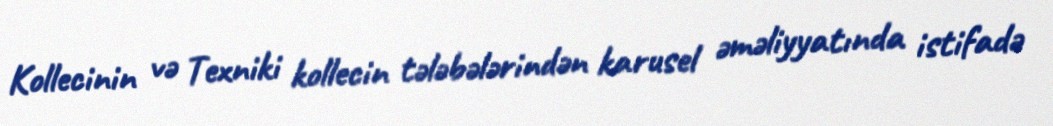
Kollecinin və Texniki kollecin tələbələrindən karusel əməliyyatında istifadə